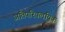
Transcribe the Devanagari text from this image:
अतिपरिवलयिक